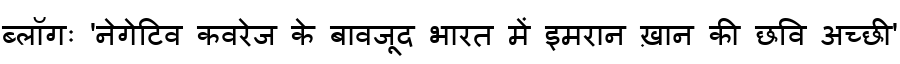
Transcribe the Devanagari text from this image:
ब्लॉगः 'नेगेटिव कवरेज के बावजूद भारत में इमरान ख़ान की छवि अच्छी'